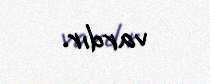
vardır.